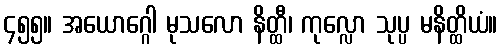
၄၅၅။ အယောဂ္ဂေါ မုသလော နိတ္ထီ၊ ကုလ္လော သုပ္ပ မနိတ္ထိယံ။